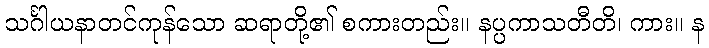
သင်္ဂါယနာတင်ကုန်သော ဆရာတို့၏ စကားတည်း။ နပ္ပကာသတီတိ၊ ကား။ န